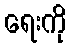
ရေးကို